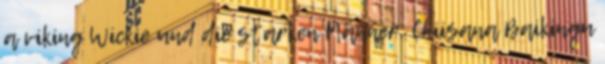
a viking Wickie und die starken Männer, Chiisana Baikingu